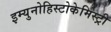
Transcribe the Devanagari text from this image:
इम्युनोहिस्टोकेमिस्ट्री